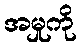
အမှုကို